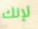
لإنك